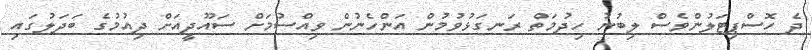
ދެ ހޮސްޕިޓަލުންވެސް ލިބުނު ހިދުމަތް ރަނގަޅުވުމުން އަންހެނުން ވިއްސުމަށް ސައޫދީއަށް ދިއުމުގެ ބަދަލުގައި